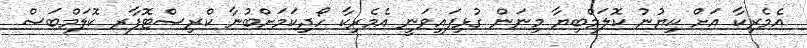
އެމެރިކާ އަށް ކިޔުނު ކޮލަމްބިޔާ މިނަން ގުޅިފައިވަނީ އެމެރިކާ ހޯދިކަމަށްބުނާ ކްރިސްޓޮފާރ ކޮލަމްބަސް